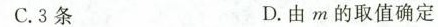
C.3条 D.由m的取值确定